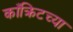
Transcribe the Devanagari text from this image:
काँक्रिटच्या